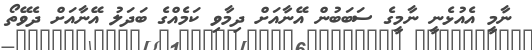
ނާމީ އެއުޅެނީ ނާމީގެ ސަބަބުން އޭނާއަށް ދިމާވި ކަމެއްގެ ބަދަލު އޭނާއަށް ދެވޭތޯ